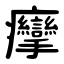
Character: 癴